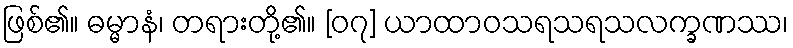
ဖြစ်၏။ ဓမ္မာနံ၊ တရားတို့၏။ [၀၇] ယာထာဝသရသရသလက္ခဏဿ၊